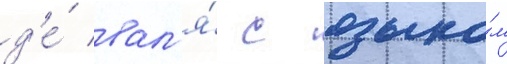
д'е́ вал'я́ с языко́м